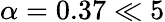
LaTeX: \alpha=0.37\ll 5